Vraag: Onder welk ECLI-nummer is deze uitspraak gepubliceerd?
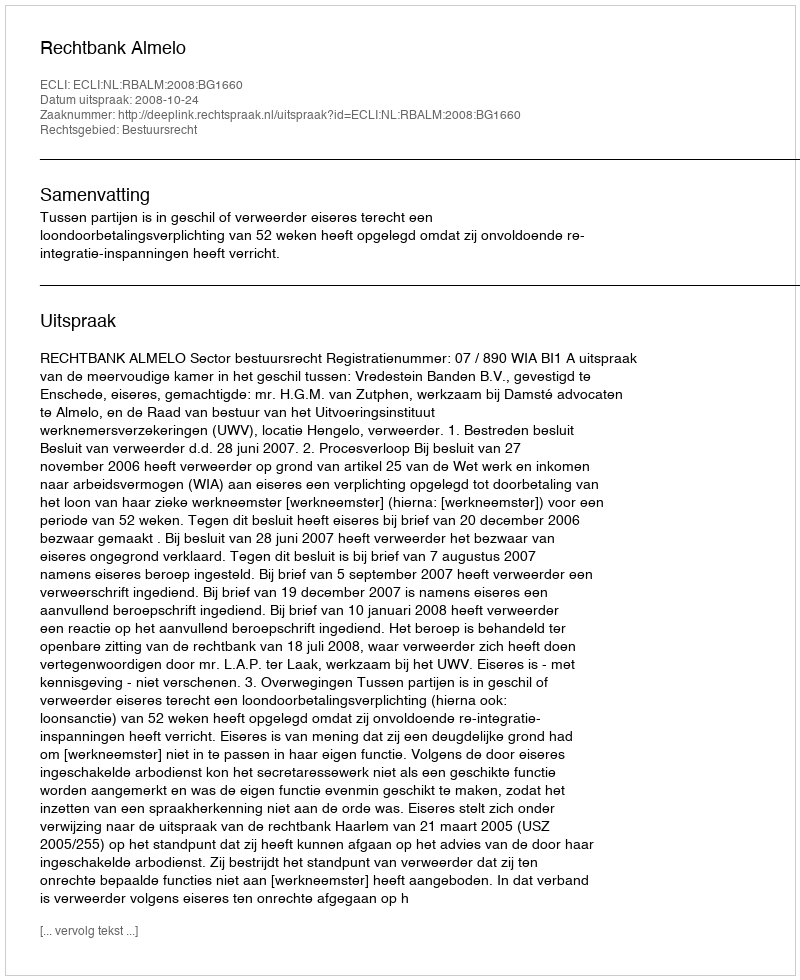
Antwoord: ECLI:NL:RBALM:2008:BG1660